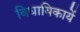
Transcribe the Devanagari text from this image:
विधायिकायें